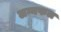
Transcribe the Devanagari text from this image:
लग्नफल